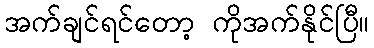
အက်ချင်ရင်တော့ ကိုအက်နိုင်ပြီ။